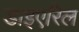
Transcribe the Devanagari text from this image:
डाइएरिल